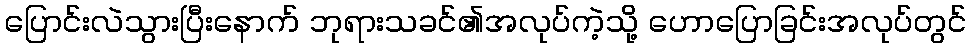
ပြောင်းလဲသွားပြီးနောက် ဘုရားသခင်၏အလုပ်ကဲ့သို့ ဟောပြောခြင်းအလုပ်တွင်